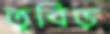
তুবিড়